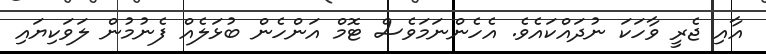
އާއި ޖެރީ ވާހަކަ ނުދައްކައެވެ. އެހެންނަމަވެސް ޓޮމް އަންހެން ބުޅަލެއް ފެނުމުން ލަވަކިޔައި